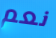
نعم